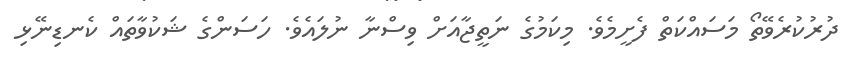
ދުރުކުރެވޭތޯ މަސައްކަތް ފެށީމެވެ. މިކަމުގެ ނަތީޖާއަށް ވިސްނާ ނުލައެވެ. ހަސަންގެ ޝަކުވާތައް ކެނޑިނޭޅި